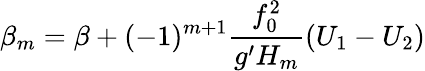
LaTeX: \beta_{m}=\beta+(-1)^{m+1}\frac{f_{0}^{2}}{g^{\prime}H_{m}}(U_{1}-U_{2})